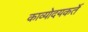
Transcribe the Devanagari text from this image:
काव्योदयकर्ते